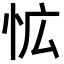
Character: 𭜡